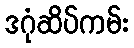
ဒဂုံဆိပ်ကမ်း